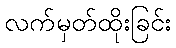
လက်မှတ်ထိုးခြင်း